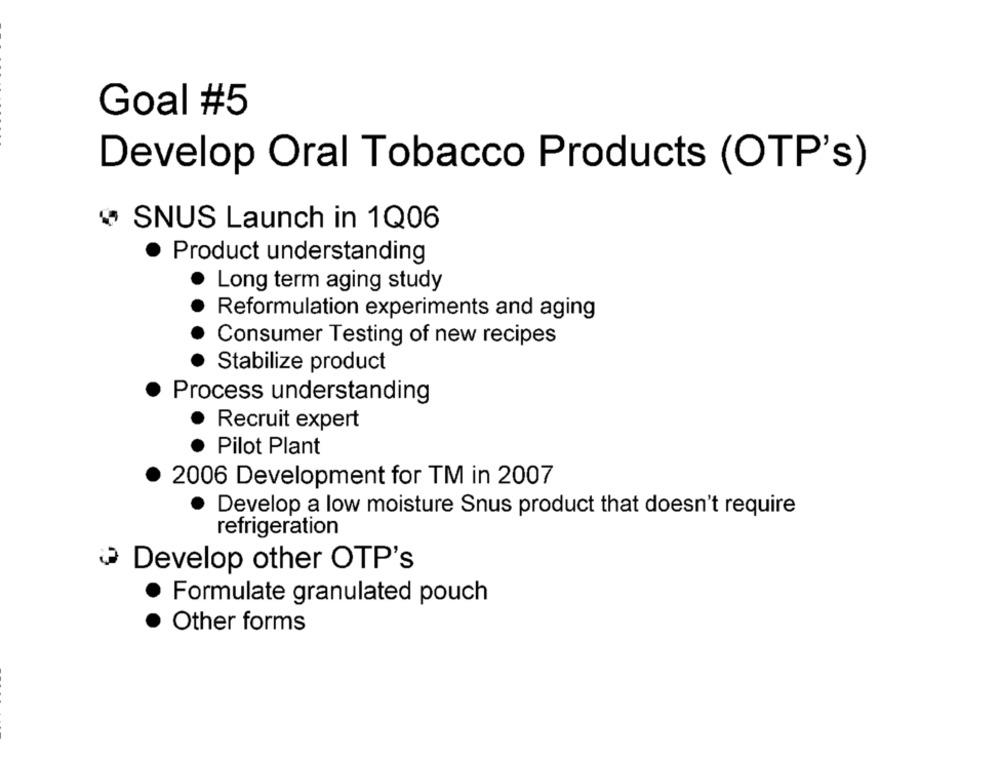
Goal #5
Develop Oral Tobacco Products (OTP's)
" SNUS Launch in 1Q06
· Product understanding
Long term aging study
Reformulation experiments and aging
Consumer Testing of new recipes
Stabilize product
Process understanding
Recruit expert
Pilot Plant
2006 Development for TM in 2007
Develop a low moisture Snus product that doesn't require
refrigeration
Develop other OTP's
Formulate granulated pouch
Other forms